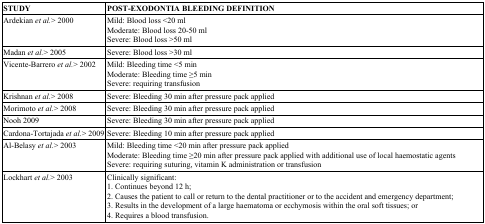
<table><thead><tr><td><b>STUDY</b></td><td><b>POST-EXODONTIA BLEEDING DEFINITION</b></td></tr></thead><tbody><tr><td>Ardekian <i>et al.</i>&gt; 2000</td><td>Mild: Blood loss &lt;20 mlModerate: Blood loss 20-50 mlSevere: Blood loss &gt;50 ml</td></tr><tr><td>Madan <i>et al.</i>&gt; 2005</td><td>Severe: Blood loss &gt;30 ml</td></tr><tr><td>Vicente-Barrero <i>et al.</i>&gt; 2002</td><td>Mild: Bleeding time &lt;5 minModerate: Bleeding time ≥5 minSevere: requiring transfusion</td></tr><tr><td>Krishnan <i>et al.</i>&gt; 2008</td><td>Severe: Bleeding 30 min after pressure pack applied</td></tr><tr><td>Morimoto <i>et al.</i>&gt; 2008</td><td>Severe: Bleeding 30 min after pressure pack applied</td></tr><tr><td>Nooh 2009</td><td>Severe: Bleeding 30 min after pressure pack applied</td></tr><tr><td>Cardona-Tortajada <i>et al.</i>&gt; 2009</td><td>Severe: Bleeding 10 min after pressure pack applied</td></tr><tr><td>Al-Belasy <i>et al.</i>&gt; 2003</td><td>Mild: Bleeding time &lt;20 min after pressure pack appliedModerate: Bleeding time ≥20 min after pressure pack applied with additional use of local haemostatic agentsSevere: requiring suturing, vitamin K administration or transfusion</td></tr><tr><td>Lockhart <i>et al.</i>&gt; 2003</td><td>Clinically significant:1. Continues beyond 12 h;2. Causes the patient to call or return to the dental practitioner or to the accident and emergency department;3. Results in the development of a large haematoma or ecchymosis within the oral soft tissues; or4. Requires a blood transfusion.</td></tr></tbody></table>